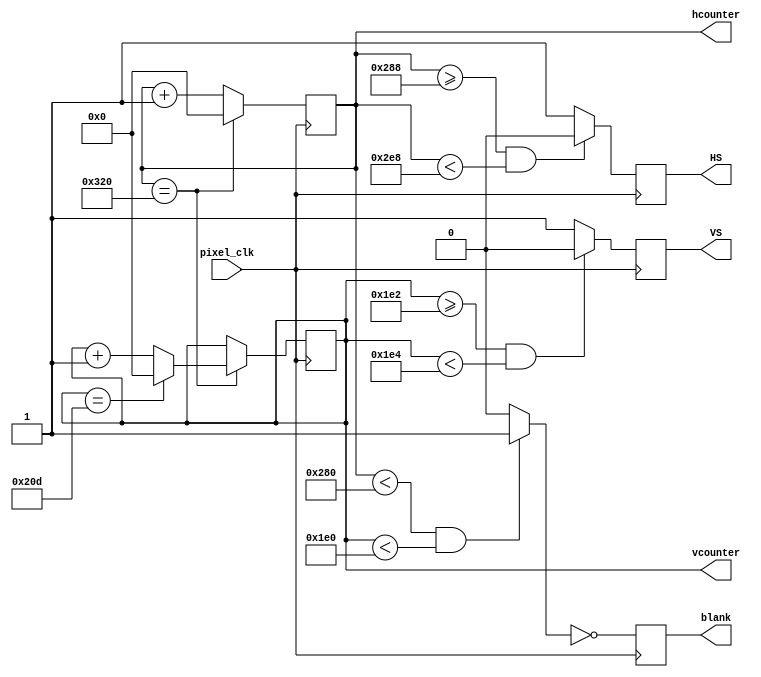
`timescale 1ns / 1ps
// Generate HS, VS signals from pixel clock.
// hcounter & vcounter are the index of the current pixel
// origin (0, 0) at top-left corner of the screen
// valid display range for hcounter: [0, 640)
// valid display range for vcounter: [0, 480)
module vga_controller_640_60 (pixel_clk,HS,VS,hcounter,vcounter,blank);
 input pixel_clk;
 output HS, VS, blank;
 output [10:0] hcounter, vcounter;
 parameter HMAX = 800; // maximum value for the horizontal pixel counter
 parameter VMAX = 525; // maximum value for the vertical pixel counter
 parameter HLINES = 640; // total number of visible columns
 parameter HFP = 648; // value for the horizontal counter where front porch ends
 parameter HSP = 744; // value for the horizontal counter where the synch pulse ends
 parameter VLINES = 480; // total number of visible lines
 parameter VFP = 482; // value for the vertical counter where the front porch ends
 parameter VSP = 484; // value for the vertical counter where the synch pulse ends
parameter SPP = 0;
 wire video_enable;
 reg HS,VS,blank;
 reg [10:0] hcounter,vcounter;
 always@(posedge pixel_clk)begin
 blank <= ~video_enable;
 end
 always@(posedge pixel_clk)begin
 if (hcounter == HMAX) hcounter <= 0;
 else hcounter <= hcounter + 1;
 end
 always@(posedge pixel_clk)begin
 if(hcounter == HMAX) begin
 if(vcounter == VMAX) vcounter <= 0;
 else vcounter <= vcounter + 1;
 end
 end
 always@(posedge pixel_clk)begin
 if(hcounter >= HFP && hcounter < HSP) HS <= SPP;
 else HS <= ~SPP;
 end
  always@(posedge pixel_clk)begin
 if(vcounter >= VFP && vcounter < VSP) VS <= SPP;
 else VS <= ~SPP;
 end
 assign video_enable = (hcounter < HLINES && vcounter < VLINES) ? 1'b1 : 1'b0;
endmodule
// top module that instantiates the VGA controller and generates images
module vga_sender(
 input wire CLK100MHZ,
 output reg [3:0] VGA_R,
 output reg [3:0] VGA_G,
 output reg [3:0] VGA_B,
 output wire VGA_HS,
 output wire VGA_VS,
    output reg [3:0] j,//x 0-9
    output reg [4:0] k,//y 0-19
    input [7:0]c0,
    input [7:0]c1,
    input [7:0]c2,
    input [7:0]c3
 );
    reg [1:0] g;//game 0-3
//    reg [3:0] j;//x 0-9
//    reg [4:0] k;//y 0-19
    reg [7:0] color;
reg pclk_div_cnt;
reg pixel_clk;
wire [10:0] vga_hcnt, vga_vcnt;
wire vga_blank;
// Clock divider. Generate 25MHz pixel_clk from 100MHz clock.
always @(posedge CLK100MHZ) begin
 pclk_div_cnt <= !pclk_div_cnt;
 if (pclk_div_cnt == 1'b1) pixel_clk <= !pixel_clk;
end
// Instantiate VGA controller
vga_controller_640_60 vga_controller(
 .pixel_clk(pixel_clk),
 .HS(VGA_HS),
 .VS(VGA_VS),
 .hcounter(vga_hcnt),
 .vcounter(vga_vcnt),
 .blank(vga_blank)
);
// Generate figure to be displayed
// Decide the color for the current pixel at index (hcnt, vcnt).
// This example displays an white square at the center of the screen with a colored checkerboard background.
always @(*) begin
 // Set pixels to black during Sync. Failure to do so will result in dimmed colors or black screens.
 if (vga_blank) begin
 VGA_R = 0;
 VGA_G = 0;
 VGA_B = 0;
 end
 // Image to be displayed
 else begin
 // Default values for the checkerboard background
 VGA_R = vga_vcnt[6:3];
 VGA_G = vga_hcnt[6:3];
 VGA_B = vga_vcnt[6:3] + vga_hcnt[6:3];

 // White square at the center
 if ((vga_hcnt%(64*10/4) >= 20 && (vga_hcnt%(64*10/4)) <140 ) &&
 (vga_vcnt >= 130 && vga_vcnt < 350)) begin
    if(vga_hcnt%(64*10/4)<30 || vga_hcnt%(64*10/4) >=130 || vga_vcnt < 140 || vga_vcnt >= 340) begin
        VGA_R = 4'hf;
        VGA_G = 4'hf;
        VGA_B = 4'hf;
    end
    else begin
        g=vga_hcnt/(64*10/4);
        j=(vga_hcnt%(64*10/4)-30)/10;
        k=19-((vga_vcnt-140)/10);
        
        case(g)
            0: color = c0;
            1: color = c1;
            2: color = c2;
            3: color = c3;
        endcase
        case(color)
            default: {VGA_R,VGA_G,VGA_B} = 0;
            7: {VGA_R,VGA_G,VGA_B} = 12'h0ff;
            2: {VGA_R,VGA_G,VGA_B} = 12'h00f;
            13: {VGA_R,VGA_G,VGA_B} = 12'hfa0;
            6: {VGA_R,VGA_G,VGA_B} = 12'hff0;
            1: {VGA_R,VGA_G,VGA_B} = 12'h0f0;
            5: {VGA_R,VGA_G,VGA_B} = 12'hdad;
            0: {VGA_R,VGA_G,VGA_B} = 12'hf00;
        endcase
//        if(color==4)
//            {VGA_R,VGA_G,VGA_B}=0;
//        else begin
        
//            VGA_R = 4'h0;
//            VGA_G = 4'h0;
//            VGA_B = 4'hf;
//        end
        
    end
 end
 end
end
endmodule